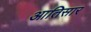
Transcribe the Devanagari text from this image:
आतिसार